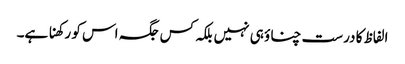
الفاظ کا درست چناؤ ہی نہیں بلکہ کس جگہ اس کو رکھنا ہے۔